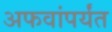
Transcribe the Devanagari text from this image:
अफवांपर्यंत